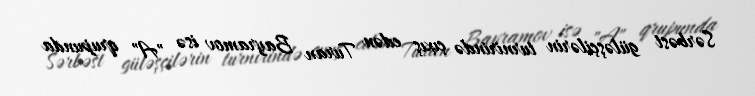
Sərbəst güləşçilərin turnirində çıxış edən Turan Bayramov isə "A" qrupunda